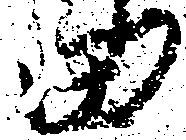
田